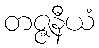
တဇ္ဇနီယံ